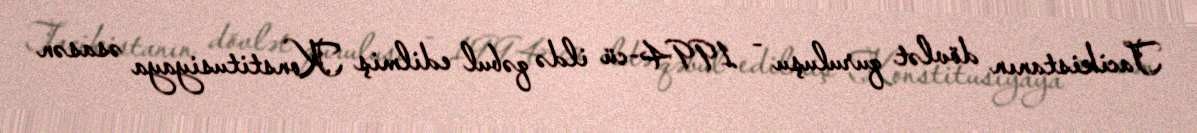
Tacikistanın dövlət quruluşu - 1994-cü ildə qəbul edilmiş Konstitusiyaya əsasən